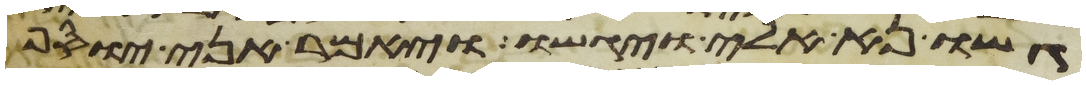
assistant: גשו נא אלי ויגשו ויאמר אני יוסף